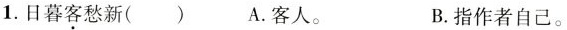
1.日暮客愁新() A.客人。 B.指作者自己。